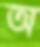
অ